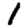
Digit: 1